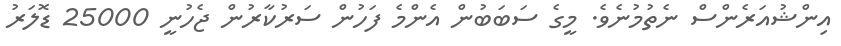
އިންޝުއަރެންސް ނެތުމުނެވެ. މީގެ ސަބަބުން އެންމެ ފަހުން ސަރުކާރުން ޖެހުނީ 25000 ޑޮލަރު